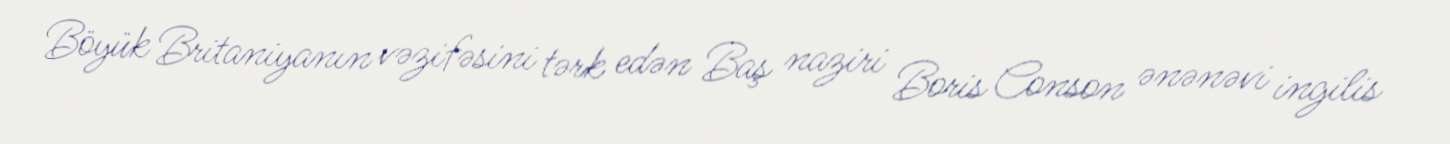
Böyük Britaniyanın vəzifəsini tərk edən Baş naziri Boris Conson ənənəvi ingilis